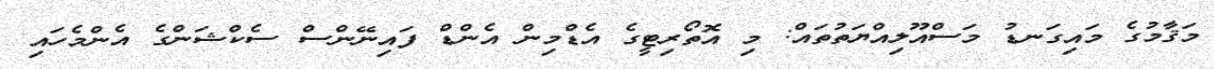
މަޤާމުގެ މައިގަނޑު މަސްއޫލިއްޔަތުތައް: މި އޮތޯރިޓީގެ އެޑްމިން އެންޑް ފައިނޭންސް ސެކްޝަންގެ އެންމެހައި